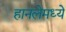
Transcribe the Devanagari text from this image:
हानलेमध्ये